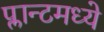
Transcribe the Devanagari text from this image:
प्लान्टमध्ये